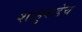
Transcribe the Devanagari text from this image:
शाहुकडेच